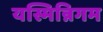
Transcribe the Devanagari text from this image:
यस्मिन्निगम